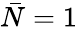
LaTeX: \bar{N}=1